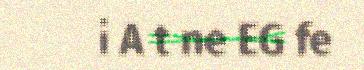
i A t ne EG fe